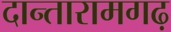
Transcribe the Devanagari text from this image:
दान्तारामगढ़